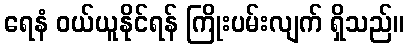
ရေနံ ဝယ်ယူနိုင်ရန် ကြိုးပမ်းလျက် ရှိသည်။